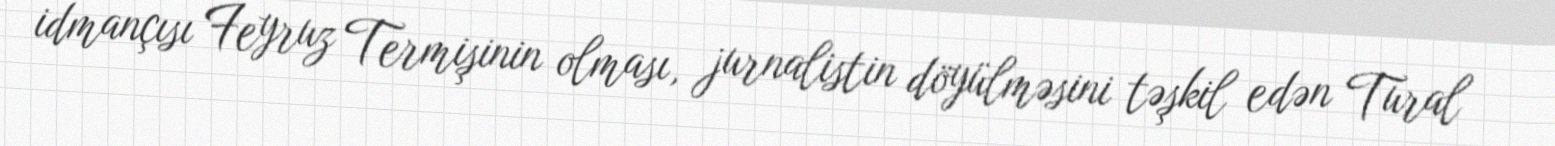
idmançısı Feyruz Termişinin olması, jurnalistin döyülməsini təşkil edən Tural